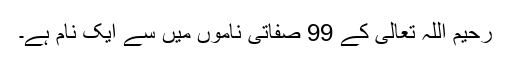
رحیم اللہ تعالی کے 99 صفاتی ناموں میں سے ایک نام ہے۔